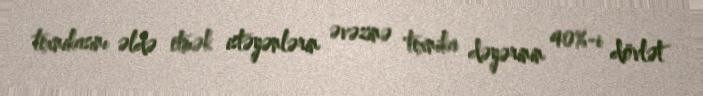
texnikasını əldə etmək istəyənlərin əvəzinə texnika dəyərinin 40%-i dövlət